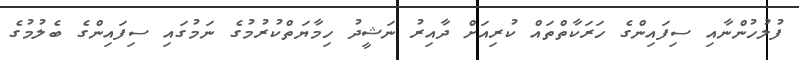
ފުލުހުންނާއި ސިފައިންގެ ހަރަކާތްތައް ކުރިއަށް ދާއިރު ނަޝީދު ހިމާޔަތްކުރުމުގެ ނަމުގައި ސިފައިންގެ ބެލުމުގެ